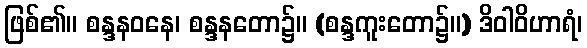
ဖြစ်၏။ စန္ဒနဝနေ၊ စန္ဒနတော၌။ (စန္ဒကူးတော၌။) ဒိဝါဝိဟာရံ၊